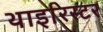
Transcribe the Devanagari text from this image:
थाइरिस्टर